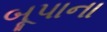
બૂપાના